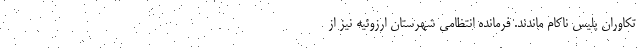
تکاوران پلیس ناکام ماندند. فرمانده انتظامی شهرستان اُرزوئیه نیز از